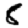
Digit: 8